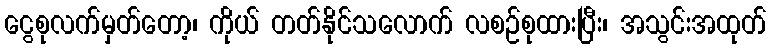
ငွေစုလက်မှတ်တော့၊ ကိုယ် တတ်နိုင်သလောက် လစဉ်စုထားပြီး၊ အသွင်းအထုတ်